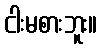
ငါးမစားဘူး။